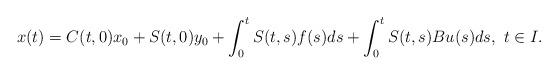
LaTeX: \begin{align*}x(t)=C(t,0)x_0+S(t,0)y_0+\int_0^tS(t,s)f(s)ds+\int_0^tS(t,s)Bu(s)ds,\ t\in I.\end{align*}